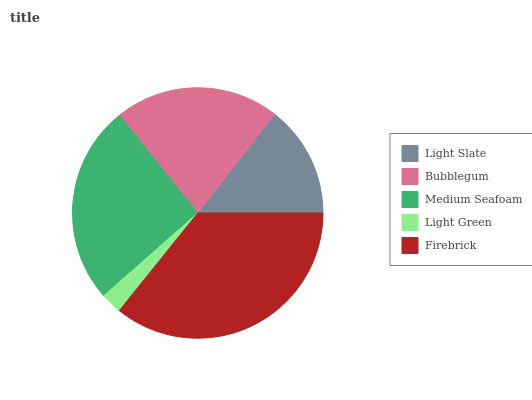
| Light Slate | Bubblegum | Medium Seafoam | Light Green | Firebrick |
 | --- | --- | --- | --- | --- |
 | 14.5% | 21.3% | 25.7% | 2.73% | 35.8% |